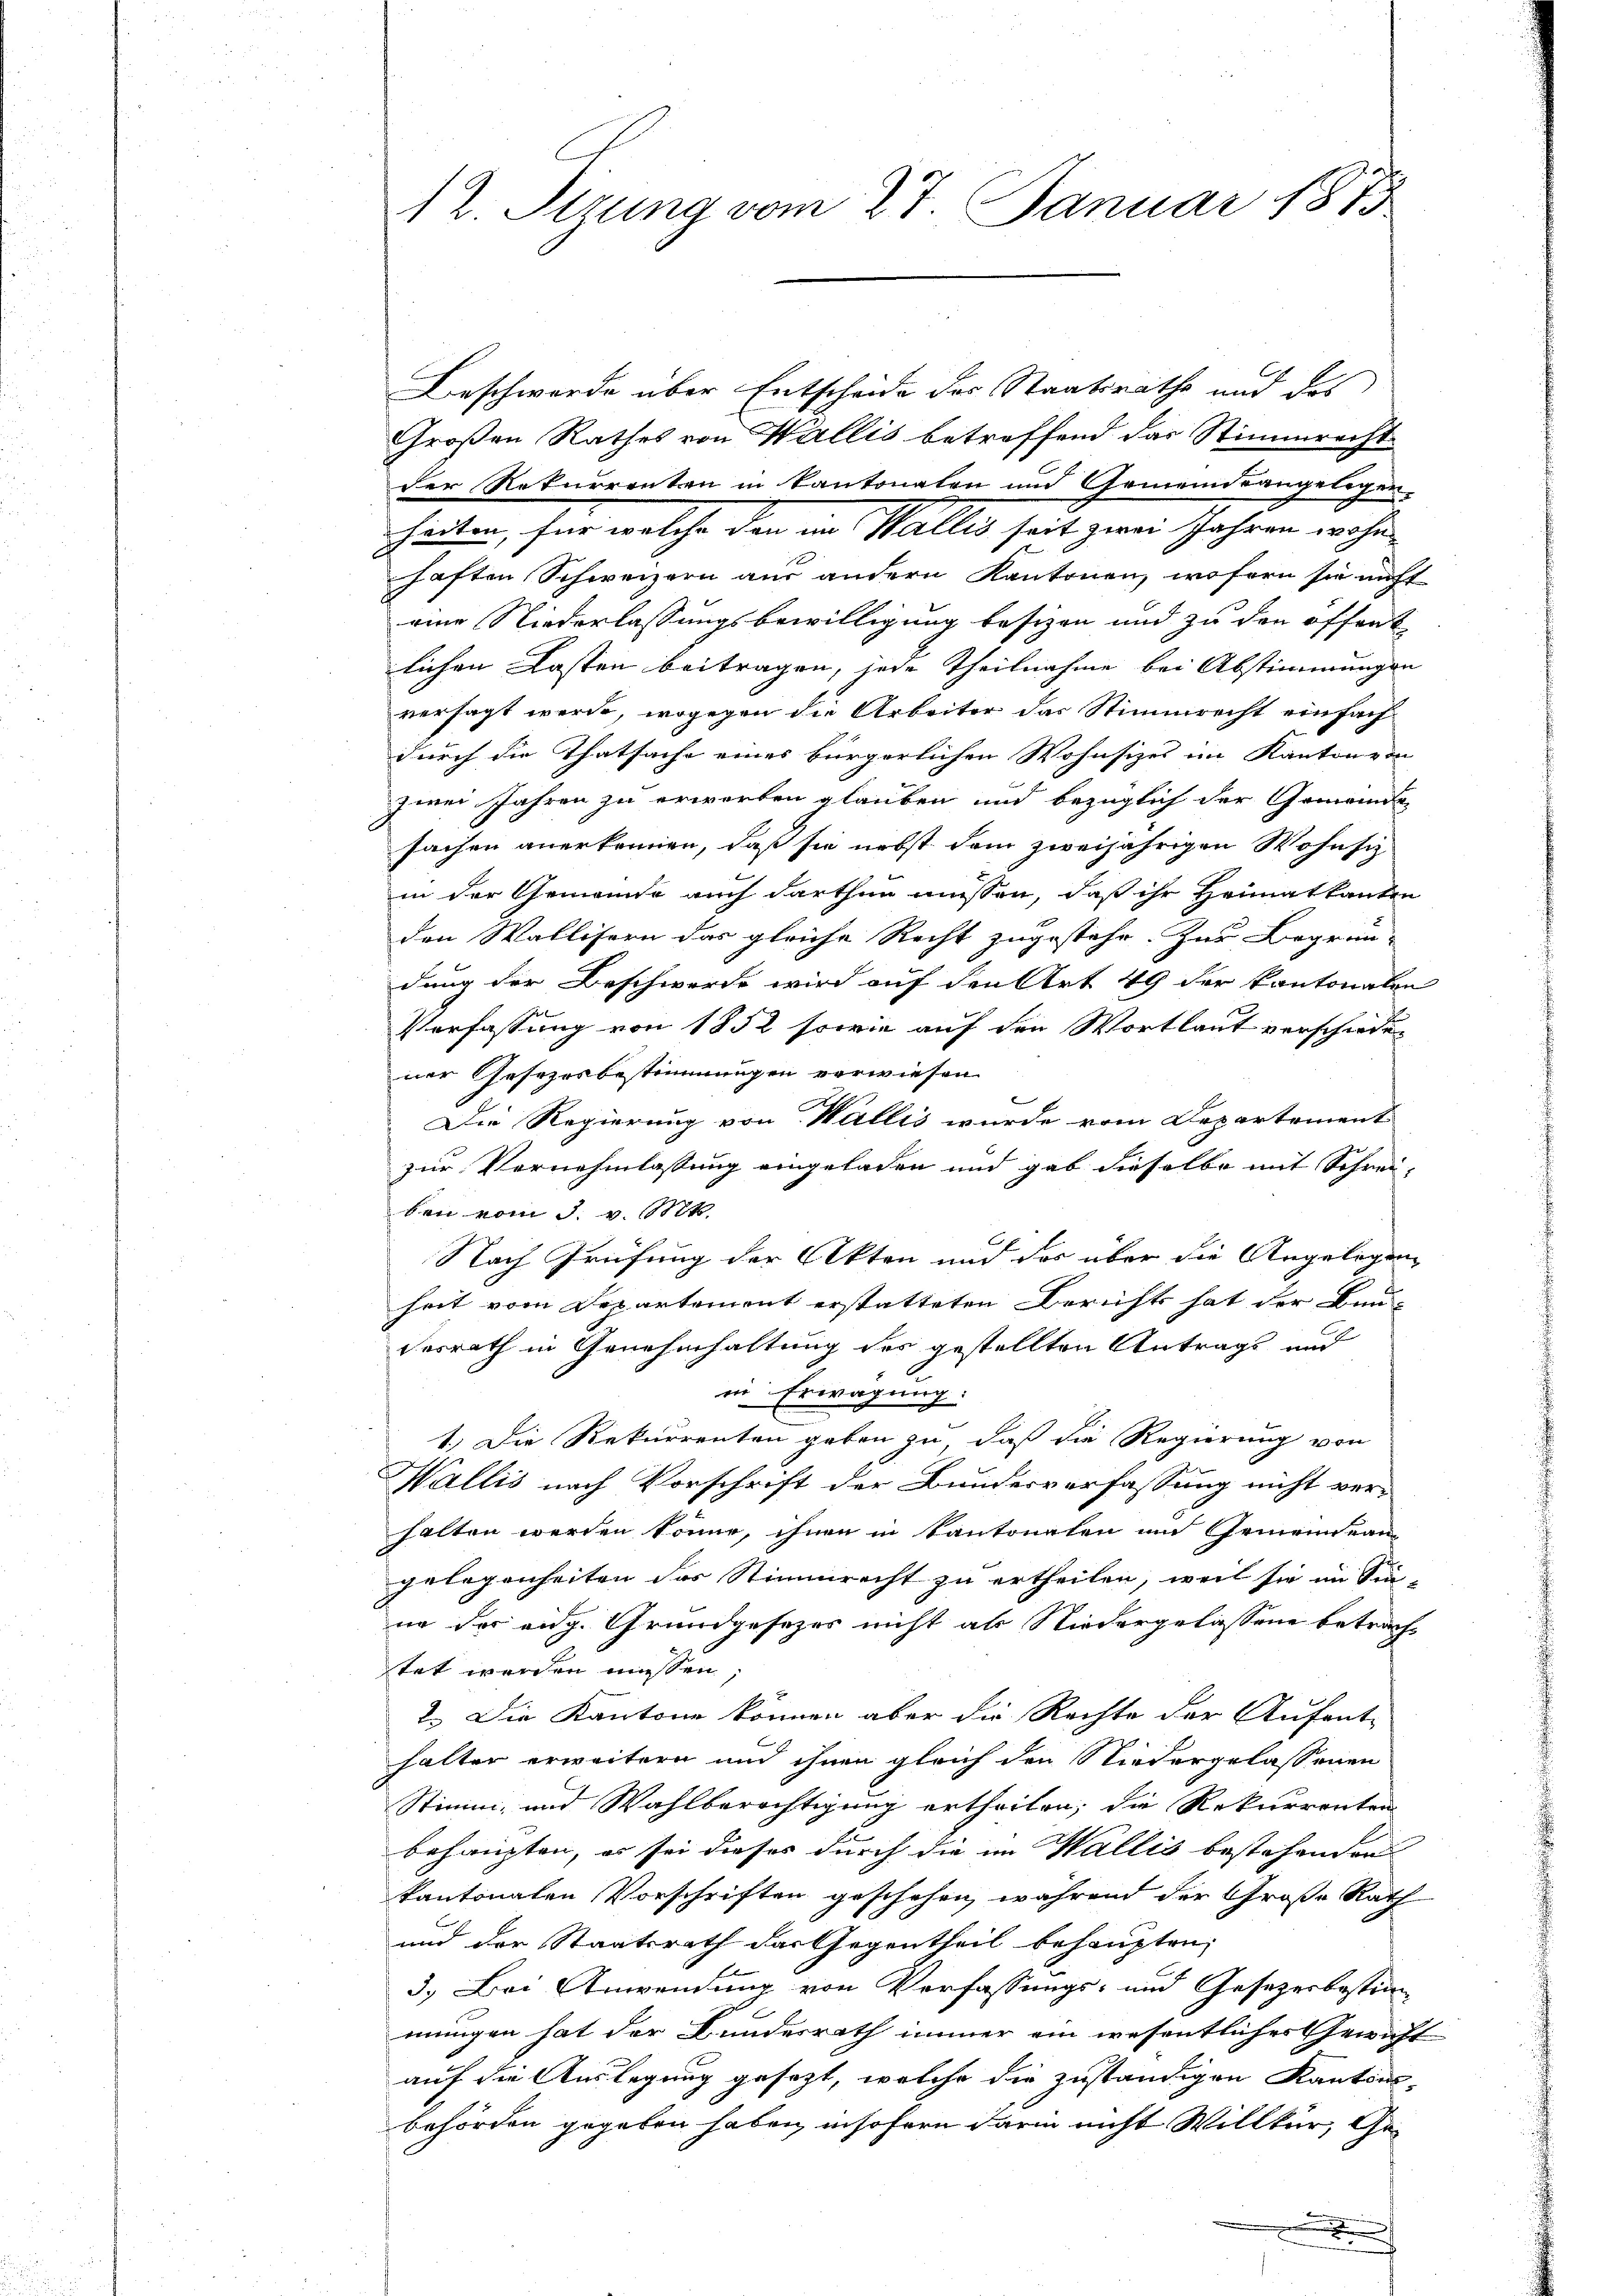
12. Strung vom 27. Januar 1873

Beschwerde über Entscheide des Staatsrathe und des
Großen Rathes von Wallis betreffend das Stimmrecht
der Rekurrenten in Kantonalen und Gemeindeangelegen
heiten, für welche den im Wallis seit zwei Jahren wohn
haften Schweizern aus andern Kantonen, wofern sie nicht
eine Niederlassungsbewilligung besizen und zu den offent
lichen Kasten beitragen, jede Theilnahme bei Abstimmungen
versagt werde, wogegen die Arbeiter das Stimmrecht einfach
durch die Thatsache eines bürgerlichen Wohnsizes im Kanton von
zwei Jahren zu erworben glauben und bezüglich der Gemeinde
sachen anerkennen, daß sie nebst dem zweijährigen Wohnsiz
in der Gemeinde auch darthun müssen, daß ihr Heimatkanten
den Wallisern das gleiche Recht zugestehe. Zur Begrün-
dung der Beschwerde wird auf den Art 49 der kantonalen
Verfassung von 1852 sowie auf den Wortlaut verschiedener Gesezesbestimmungen verwiesen.
b
Die Regierung von Wallis wurde vom Departement
zur Vernehmlassung eingeladen und gab dieselbe mit Schreiben vom 3. v. Mts.
Nach Prüfung der Akten und des über die Angelegen
heit vom Departement erstatteten Berichts hat der Bau-
desrath in Genehmhaltung des gestellten Antrage und
in Erwägung:
1.) Die Rekurrenten geben zu, daß die Regierung von
Wallis nach Vorschrift der Bunderverfassung nicht verhalten werden könne, ihnen in Cantonalen um Gemeindean-
gelegenheiten das Stimmrecht zu ertheilen, weil sie im Sin-
ne der aug. Grundgesezes nicht als Niedergelassene betrachtet werden müssen,
2. Die Kantone können aber die Rechte der Aufent-
halter erweitern und ihnen gleich den Niedergelassenen
Stimm- und Wahlberichtigung ertheilen; die Rekurrenten
behaupten, es sei dieses durch die im Wallis bestehenden
kantonalen Vorschriften geschehen, während der Große Rath
und der Staatsrath das Gegentheil behaupten,
3.) Bei Anwendung von Verfassungs- und Gesezesbestimmungen hat der Bundesrath immer ein wesentlicher Gewicht
auf die Auslegung gesezt, welche die zuständigen Kantons-
behörden gegeben haben, insofern darin nicht Willkür, Ge¬

.